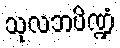
သုလဘပိဏ္ဍံ